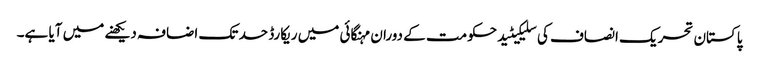
پاکستان تحریک انصاف کی سلیکیٹید حکومت کے دوران مہنگائی میں ریکارڈ حد تک اضافہ دیکھنے میں آیا ہے۔